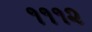
૧૧૧૨